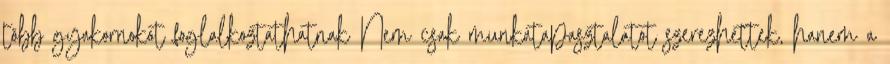
több gyakornokot foglalkoztathatnak Nem csak munkatapasztalatot szerezhettek, hanem a